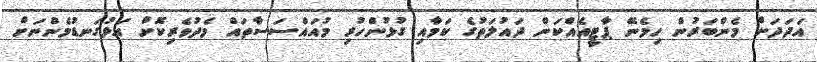
އަދަދަށް މެންބަރުން ހިމެނޭ ޕާޓީއެއްކަން ދައުލަތުގެ ކަމާއި ގުޅުންހުރި މުއައްސަސާތައް މެދުވެރިކޮށް އަޅުގަނޑުމެންނަށް